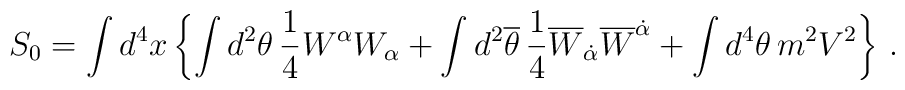
S_{0}  = \int d^{4}x \left\{ \int d^{2}\theta \, \frac{1}{4} W^{\alpha} 	W_{\alpha} + \int d^{2}{\overline \theta} \, \frac{1}{4} {\overline 	W}_{\dot \alpha} {\overline W}^{\dot \alpha} + \int d^{4}\theta \, 	m^{2} V^{2} \right\} \, .